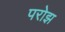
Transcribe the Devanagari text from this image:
परोझ